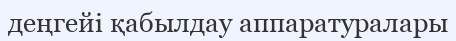
деңгейі қабылдау аппаратуралары